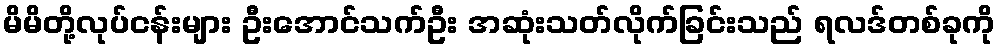
မိမိတို့လုပ်ငန်းများ ဦးအောင်သက်ဦး အဆုံးသတ်လိုက်ခြင်းသည် ရလဒ်တစ်ခုကို